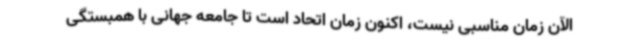
الآن زمان مناسبی نیست، اکنون زمان اتحاد است تا جامعه جهانی با همبستگی